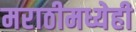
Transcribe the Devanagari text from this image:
मराठीमध्येही